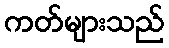
ကတ်များသည်